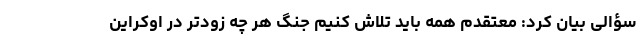
سؤالی بیان کرد: معتقدم همه باید تلاش کنیم جنگ هر چه زودتر در اوکراین